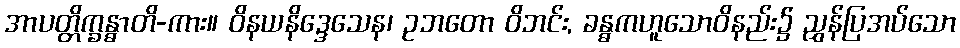
အာပတ္တိက္ခန္ဓာတိ-ကား။ ဝိနယနိဒ္ဒေသေန၊ ဥဘတော ဝိဘင်း, ခန္ဓကဟူသောဝိနည်း၌ ညွှန်ပြအပ်သော